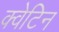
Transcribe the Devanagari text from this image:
क्वेटिन